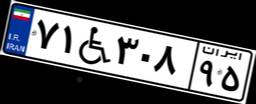
۷۱W۳۰۸۹۵